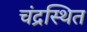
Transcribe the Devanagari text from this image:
चंद्रस्थित